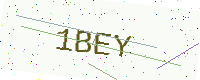
Text: 1BEY